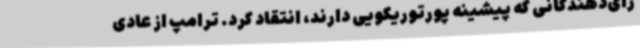
رای‌دهندگانی که پیشینه پورتوریکویی دارند، انتقاد کرد. ترامپ از عادی